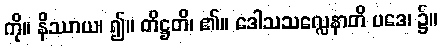
ကို။ နိဿာယ၊ ၍။ တိဋ္ဌတိ၊ ၏။ ဒေါသသလ္လေနာတိ ပဒေ၊ ၌။